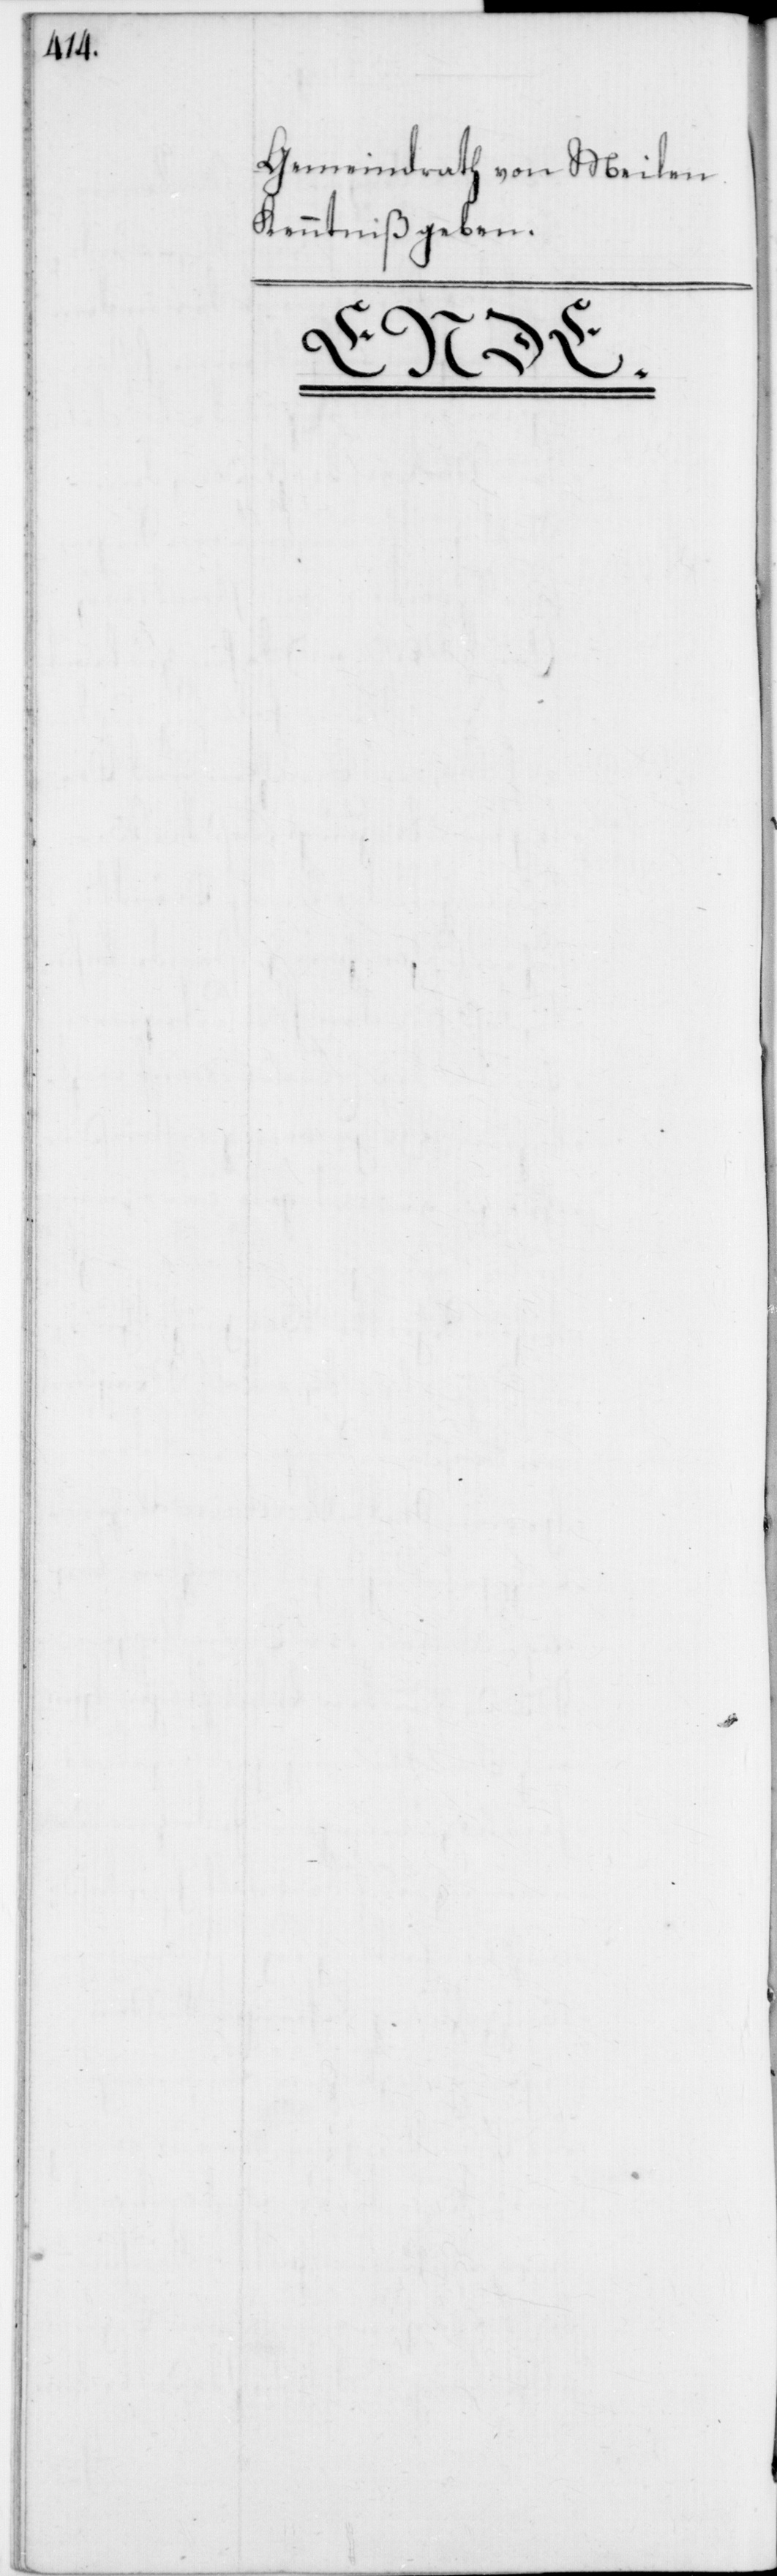
Gemeindrath von Meilen
Kenntniß geben.